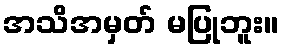
အသိအမှတ် မပြုဘူး။